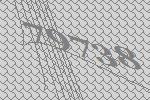
79738